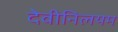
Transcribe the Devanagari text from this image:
देवीनिलयम